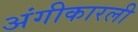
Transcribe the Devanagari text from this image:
अंगीकारली